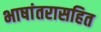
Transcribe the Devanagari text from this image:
भाषांतरासहित